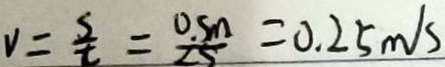
v = \frac { s } { t } = \frac { 0 . 5 m } { 2 s } = 0 . 2 5 m / s